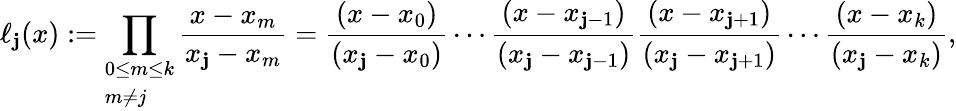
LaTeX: \ell_{\mathbf{j}}(x):=\prod_{\begin{array}{l}{0\leq m\leq k}\\ {m\neq j}\end{array}}{\frac{{x-x_{m}}}{{x_{\mathbf{j}}-x_{m}}}}={\frac{{(x-x_{0})}}{{(x_{\mathbf{j}}-x_{0})}}}\cdots{\frac{{(x-x_{\mathbf{j}-1})}}{{(x_{\mathbf{j}}-x_{\mathbf{j}-1})}}}{\frac{{(x-x_{\mathbf{j}+1})}}{{(x_{\mathbf{j}}-x_{\mathbf{j}+1})}}}\cdots{\frac{{(x-x_{k})}}{{(x_{\mathbf{j}}-x_{k})}}},